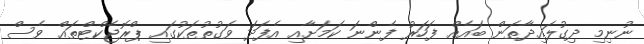
ނުނިމި ދިގުލައިދާތަން ބައެއް ފަހަރު ފެންނަ ކަމަށާއި އެފަދަ ވަގުތުތަކުގައި ޕްރޮޖެކްޓްތައް ވެސް